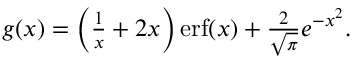
\begin{array} { r } { g ( x ) = \left( \frac { 1 } { x } + 2 x \right) \mathrm { e r f } ( x ) + \frac { 2 } { \sqrt { \pi } } e ^ { - x ^ { 2 } } . } \end{array}